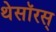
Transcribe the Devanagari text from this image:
थेसॉरस्